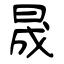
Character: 晟